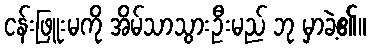
ငန်းဖြူးမကို အိမ်သာသွားဦးမည် ဘု မှာခဲ့၏။